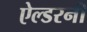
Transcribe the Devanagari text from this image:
ऐल्डरनी